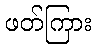
ဖတ်ကြား